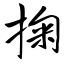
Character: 掬